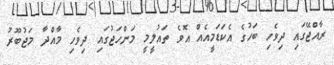
ރާއްޖޭގައި ދިވެހި ބަހުގެ އެކަޑަމީއެއް އޮވެ ތައުލީމީ މަންހަޖުގައި ދިވެހި މާއްދާ މަޖުބޫރު